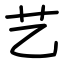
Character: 艺